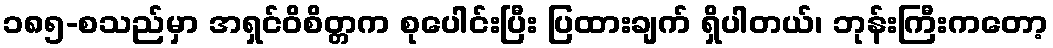
၁၈၅-စသည်မှာ အရှင်ဝိစိတ္တက စုပေါင်းပြီး ပြထားချက် ရှိပါတယ်၊ ဘုန်းကြီးကတော့